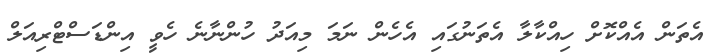
އެތަން އެއްކޮށް ހިއްކާލާ އެތަނުގައި އެހެން ނަމަ މިއަދު ހުންނާނެ ހެވީ އިންޑަސްޓްރިއަލް